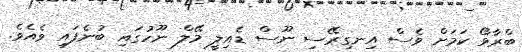
ބްރާވޯ ކަމަށް ވެސް އިނގިރޭސި ނޫސް ޑެއިލީ މޭލް ނޫހުގައި ބުނެފައި ވެއެވެ.